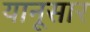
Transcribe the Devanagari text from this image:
यानूसार